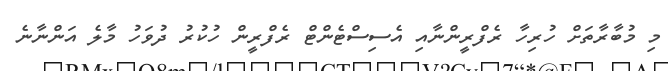
މި މުބާރާތަށް ހުރިހާ ރެފްރީންނާއި އެސިސްޓެންޓް ރެފްރީން ހުކުރު ދުވަހު މާލެ އަންނާނެ